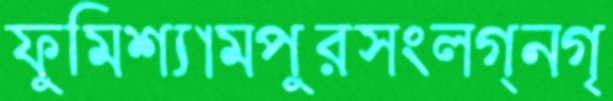
ফুমিশ্যামপুরসংলগ্নগৃ